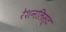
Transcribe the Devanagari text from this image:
रेशनलिस्ट